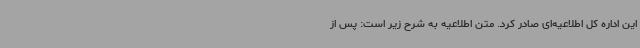
این اداره کل اطلاعیه‌ای صادر کرد. متن اطلاعیه به شرح زیر است: پس از